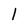
Character: l